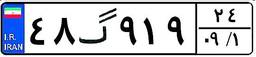
۴۸گ۹۱۹۲۴